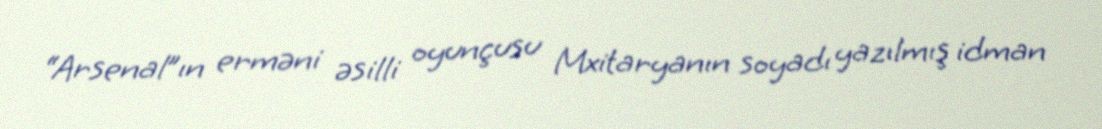
“Arsenal”ın erməni əsilli oyunçusu Mxitaryanın soyadı yazılmış idman